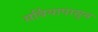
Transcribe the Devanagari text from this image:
सर्बियापासून